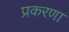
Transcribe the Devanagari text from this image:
प्रकरणा